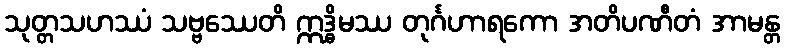
သုတ္တသဟဿံ သဗ္ဗဿေတိ ဣဒ္ဓိမဿ တုင်္ဂဟာရကော အတိပဏီတံ အာမန္တ